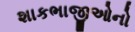
શાકભાજીઓનો